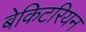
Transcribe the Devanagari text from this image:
बेकिटरियन